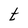
Character: t